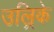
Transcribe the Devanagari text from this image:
उल्रिके